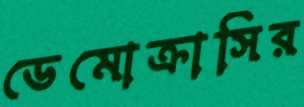
ডেমোক্রাসির